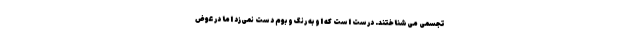
تجسمی می‌شناختند. درست است که او به رنگ و بوم دست نمی‌زد اما در عوض